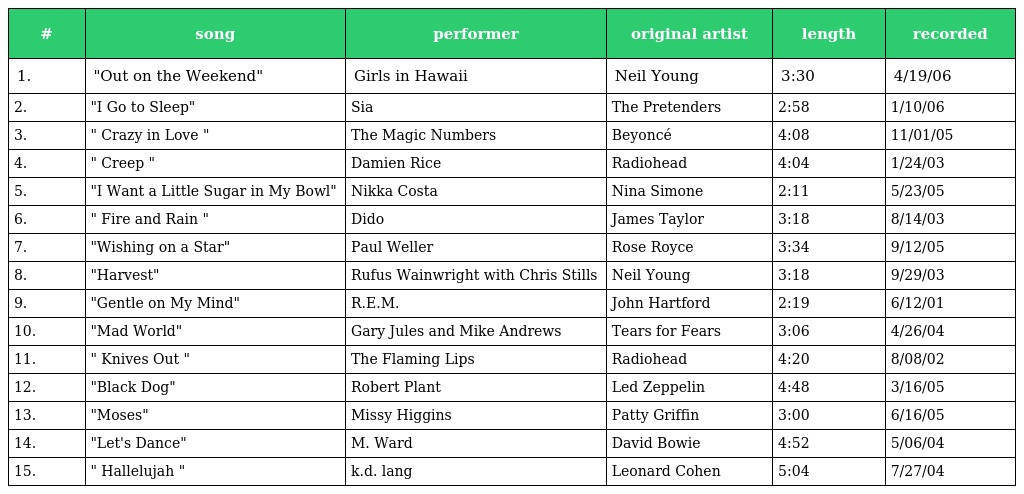
| # | song | performer | original artist | length | recorded |
 | --- | --- | --- | --- | --- | --- |
 | 1. | "Out on the Weekend" | Girls in Hawaii | Neil Young | 3:30 | 4/19/06 |
 | 2. | "I Go to Sleep" | Sia | The Pretenders | 2:58 | 1/10/06 |
 | 3. | " Crazy in Love " | The Magic Numbers | Beyoncé | 4:08 | 11/01/05 |
 | 4. | " Creep " | Damien Rice | Radiohead | 4:04 | 1/24/03 |
 | 5. | "I Want a Little Sugar in My Bowl" | Nikka Costa | Nina Simone | 2:11 | 5/23/05 |
 | 6. | " Fire and Rain " | Dido | James Taylor | 3:18 | 8/14/03 |
 | 7. | "Wishing on a Star" | Paul Weller | Rose Royce | 3:34 | 9/12/05 |
 | 8. | "Harvest" | Rufus Wainwright with Chris Stills | Neil Young | 3:18 | 9/29/03 |
 | 9. | "Gentle on My Mind" | R.E.M. | John Hartford | 2:19 | 6/12/01 |
 | 10. | "Mad World" | Gary Jules and Mike Andrews | Tears for Fears | 3:06 | 4/26/04 |
 | 11. | " Knives Out " | The Flaming Lips | Radiohead | 4:20 | 8/08/02 |
 | 12. | "Black Dog" | Robert Plant | Led Zeppelin | 4:48 | 3/16/05 |
 | 13. | "Moses" | Missy Higgins | Patty Griffin | 3:00 | 6/16/05 |
 | 14. | "Let's Dance" | M. Ward | David Bowie | 4:52 | 5/06/04 |
 | 15. | " Hallelujah " | k.d. lang | Leonard Cohen | 5:04 | 7/27/04 |